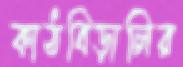
কাঠবিড়ালির